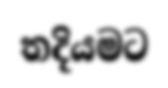
තදියමට